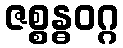
ဇစ္စန္ဓဝဂ္ဂ